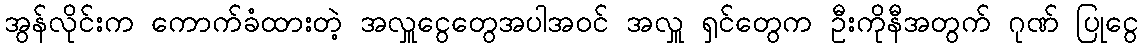
အွန်လိုင်းက ကောက်ခံထားတဲ့ အလှူငွေတွေအပါအဝင် အလှူ ရှင်တွေက ဦးကိုနီအတွက် ဂုဏ် ပြုငွေ